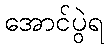
အောင်ပွဲရ